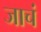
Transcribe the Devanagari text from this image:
जाचं